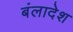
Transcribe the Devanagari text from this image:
बंलादेश